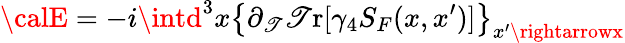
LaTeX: {\calE}=-i\intd^{3}x\left\{ \partial_{\mathscr{T}}\mathrm{{\mathscr{T}r}}[\gamma_{4}S_{F}(x,x^{\prime})]\right\} _{x^{\prime}\rightarrowx}